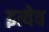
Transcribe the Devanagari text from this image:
इत्येव